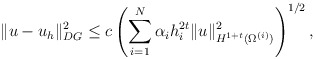
\begin{align*} \|u-u_{h} \|_{DG}^{2} \leq c \left(\sum_{i=1}^{N} \alpha_{i} h_{i}^{2t}\|u\|^{2}_{H^{1+t}(\Omega^{(i)})}\right)^{1/2},\end{align*}